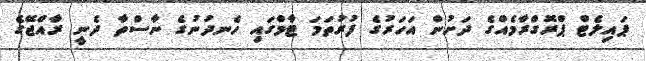
ޕައިލެޓް ޕްރޮގްރާމެއްގެ ދަށުން އަހަރުގެ ފުރުތަމަ ޓާމްގައި ހެނދުނުގެ ނާސްތާ ދެނީ ރާއްޖޭގެ